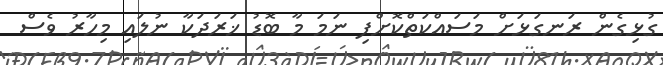
ގުޅިގެން ރަނގަޅަށް މަސައްކަތްކޮށްފި ނަމަ މާ ބޮޑު ޚަރަދަކާ ނުލައި މިހާރު ވެސް